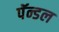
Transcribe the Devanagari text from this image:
पॅन्डल